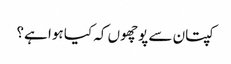
کپتان سے پوچھوں کہ کیا ہوا ہے؟